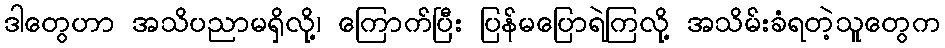
ဒါတွေဟာ အသိပညာမရှိလို့၊ ကြောက်ပြီး ပြန်မပြောရဲကြလို့ အသိမ်းခံရတဲ့သူတွေက